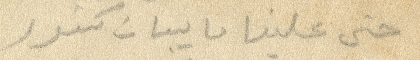
حتى علينا ما يبان كشور